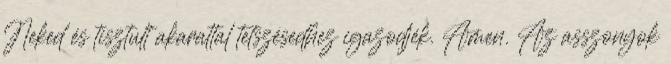
Neked és tisztult akarattal tetszésedhez igazodjék. Amen. Az asszonyok